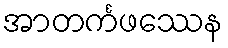
အာတင်္ကဖဿေန